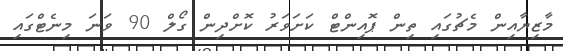
މާޒިޔާއިން މެޗުގައި ތިން ޕޮއިންޓް ކަށަވަރު ކޮށްދިން ގޯލް 90 ވަނަ މިނެޓްގައި